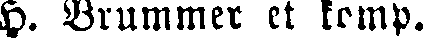
H. Brummer et komp.